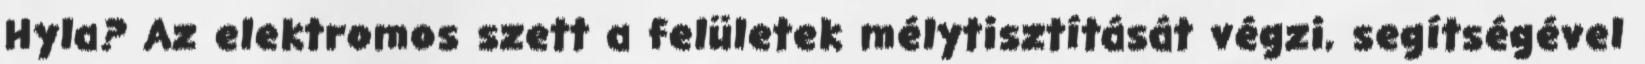
Hyla? Az elektromos szett a felületek mélytisztítását végzi, segítségével